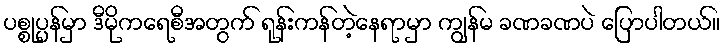
ပစ္စုပ္ပန်မှာ ဒီမိုကရေစီအတွက် ရုန်းကန်တဲ့နေရာမှာ ကျွန်မ ခဏခဏပဲ ပြောပါတယ်။